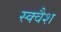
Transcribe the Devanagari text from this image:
स्‍क्‍वैश